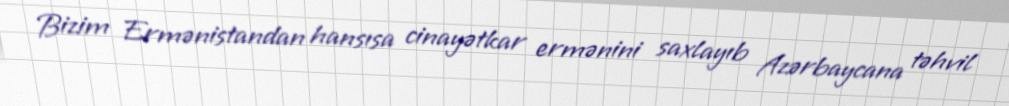
Bizim Ermənistandan hansısa cinayətkar ermənini saxlayıb Azərbaycana təhvil